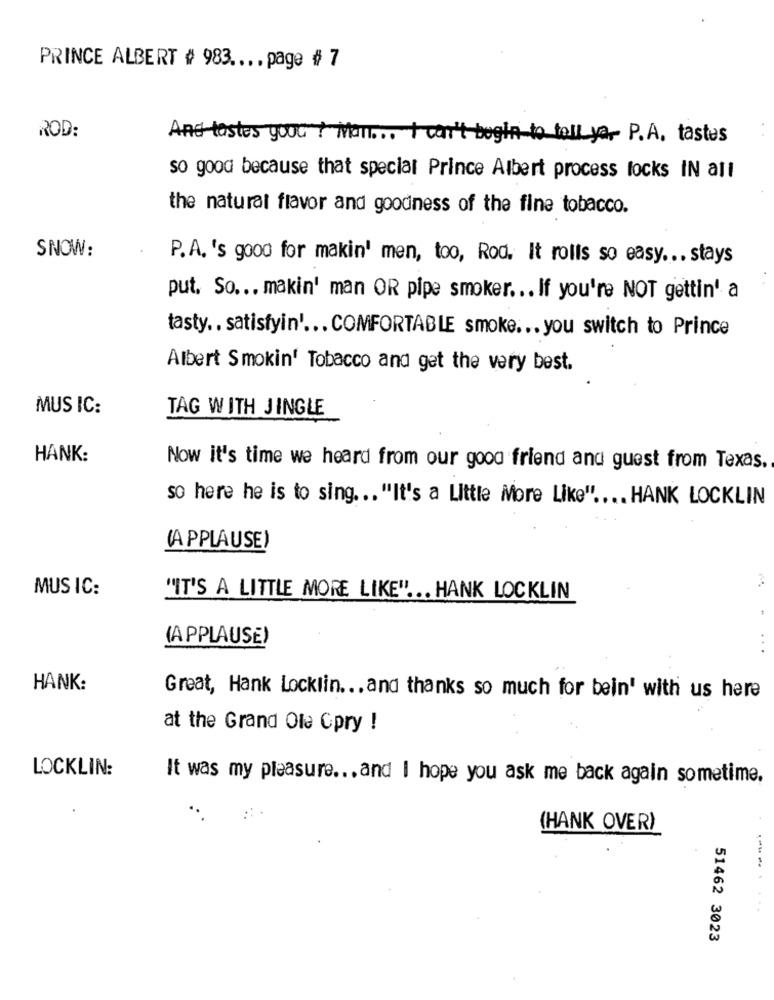
PRINCE ALBERT # 983 .... page # 7
ROD:
And tastes youG + Man ... I can't begin to tell ya. P.A. tastes
so good because that special Prince Albert process locks IN all
the natural flavor and goodness of the fine tobacco.
SNOW:
P. A. 's good for makin' men, too, Rod. It rolls so easy ... stays
put. So ... makin' man OR pipe smoker ... If you're NOT gettin' a
tasty .. satisfyin' ... COMFORTABLE smoke ... you switch to Prince
Albert Smokin' Tobacco and get the very best.
MUS IC:
TAG WITH JINGLE
HANK:
Now it's time we heard from our good friend and guest from Texas.
so here he is to sing ... "It's a Little More Like" .... HANK LOCKLIN
(APPLAUSE)
MUSIC:
"IT'S A LITTLE MORE LIKE" ... HANK LOCKLIN
(APPLAUSE)
...
HANK:
Great, Hank Locklin ... and thanks so much for bein' with us here
at the Grand Ole Cpry !
LOCKLIN:
It was my pleasure ... and I hope you ask me back again sometime.
(HANK OVER)
51462 3023